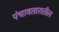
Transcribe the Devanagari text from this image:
पंचावतारातील